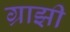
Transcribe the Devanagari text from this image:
ग्राझी